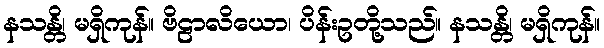
နသန္တိ၊ မရှိကုန်။ ဗိဠာလိယော၊ ပိန်းဥတို့သည်။ နသန္တိ၊ မရှိကုန်။